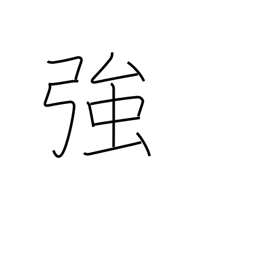
Meaning: strong